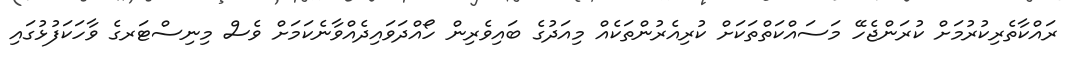
ރައްކާތެރިކުރުމަށް ކުރަންޖެހޭ މަސައްކަތްތަކަށް ކުރިއެރުންތަކެއް މިއަދުގެ ބައިވެރިން ހޯއްދަވައިދެއްވާނެކަމަށް ވެސް މިނިސްޓަރގެ ވާހަކަފުޅުގައި